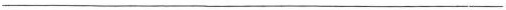
___